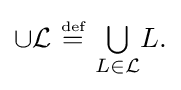
{\textstyle \cup {\mathcal {L}}~{\stackrel {\scriptscriptstyle {\text{def}}}{=}}~{\textstyle \bigcup \limits _{L\in {\mathcal {L}}}}L.}